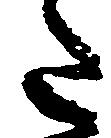
た